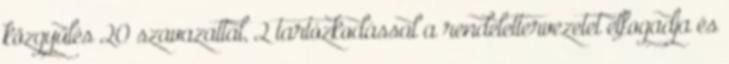
közgyűlés 20 szavazattal, 2 tartózkodással a rendelettervezetet elfogadja és